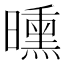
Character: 曛